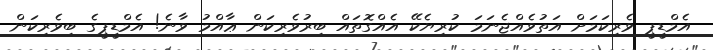
އެމްޑީޕީ ވެރިކަމަށް އަތުވެއްޖެނަމަ ކުރިޔެކޭ އެއްގޮތައް ބިރުވެރިކަން ޢާއްމު ވާނެ! އެމްޑީޕީގެ ބިވެރިކަން